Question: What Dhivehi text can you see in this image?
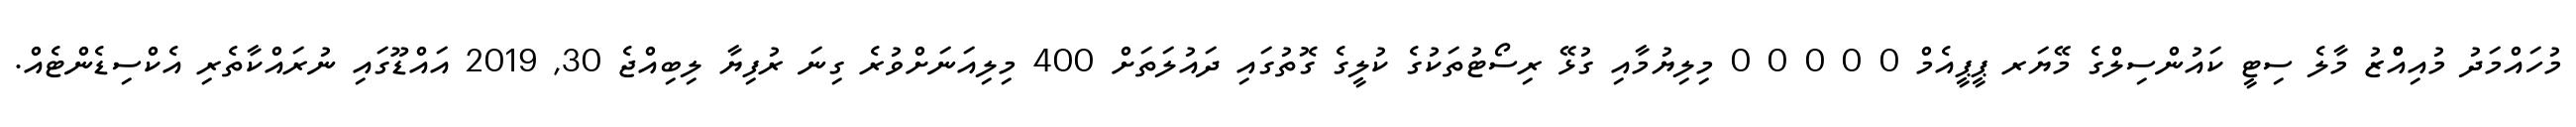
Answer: މުހައްމަދު މުއިއްްޒު މާލެ ސިޓީ ކައުންސިލްގެ މޭޔަރ ޕީޕީއެމް 0 0 0 0 0 މިލިޔުމާއި ގުޅޭ ރިސޯޓުތަކުގެ ކުލީގެ ގޮތުގައި ދައުލަތަށް 400 މިލިއަނަށްވުރެ ގިނަ ރުފިޔާ ލިބިއްޖެ 30, 2019 އައްޑޫގައި ނުރައްކާތެރި އެކްސިޑެންޓެއް.